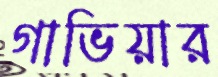
গাভিয়ার